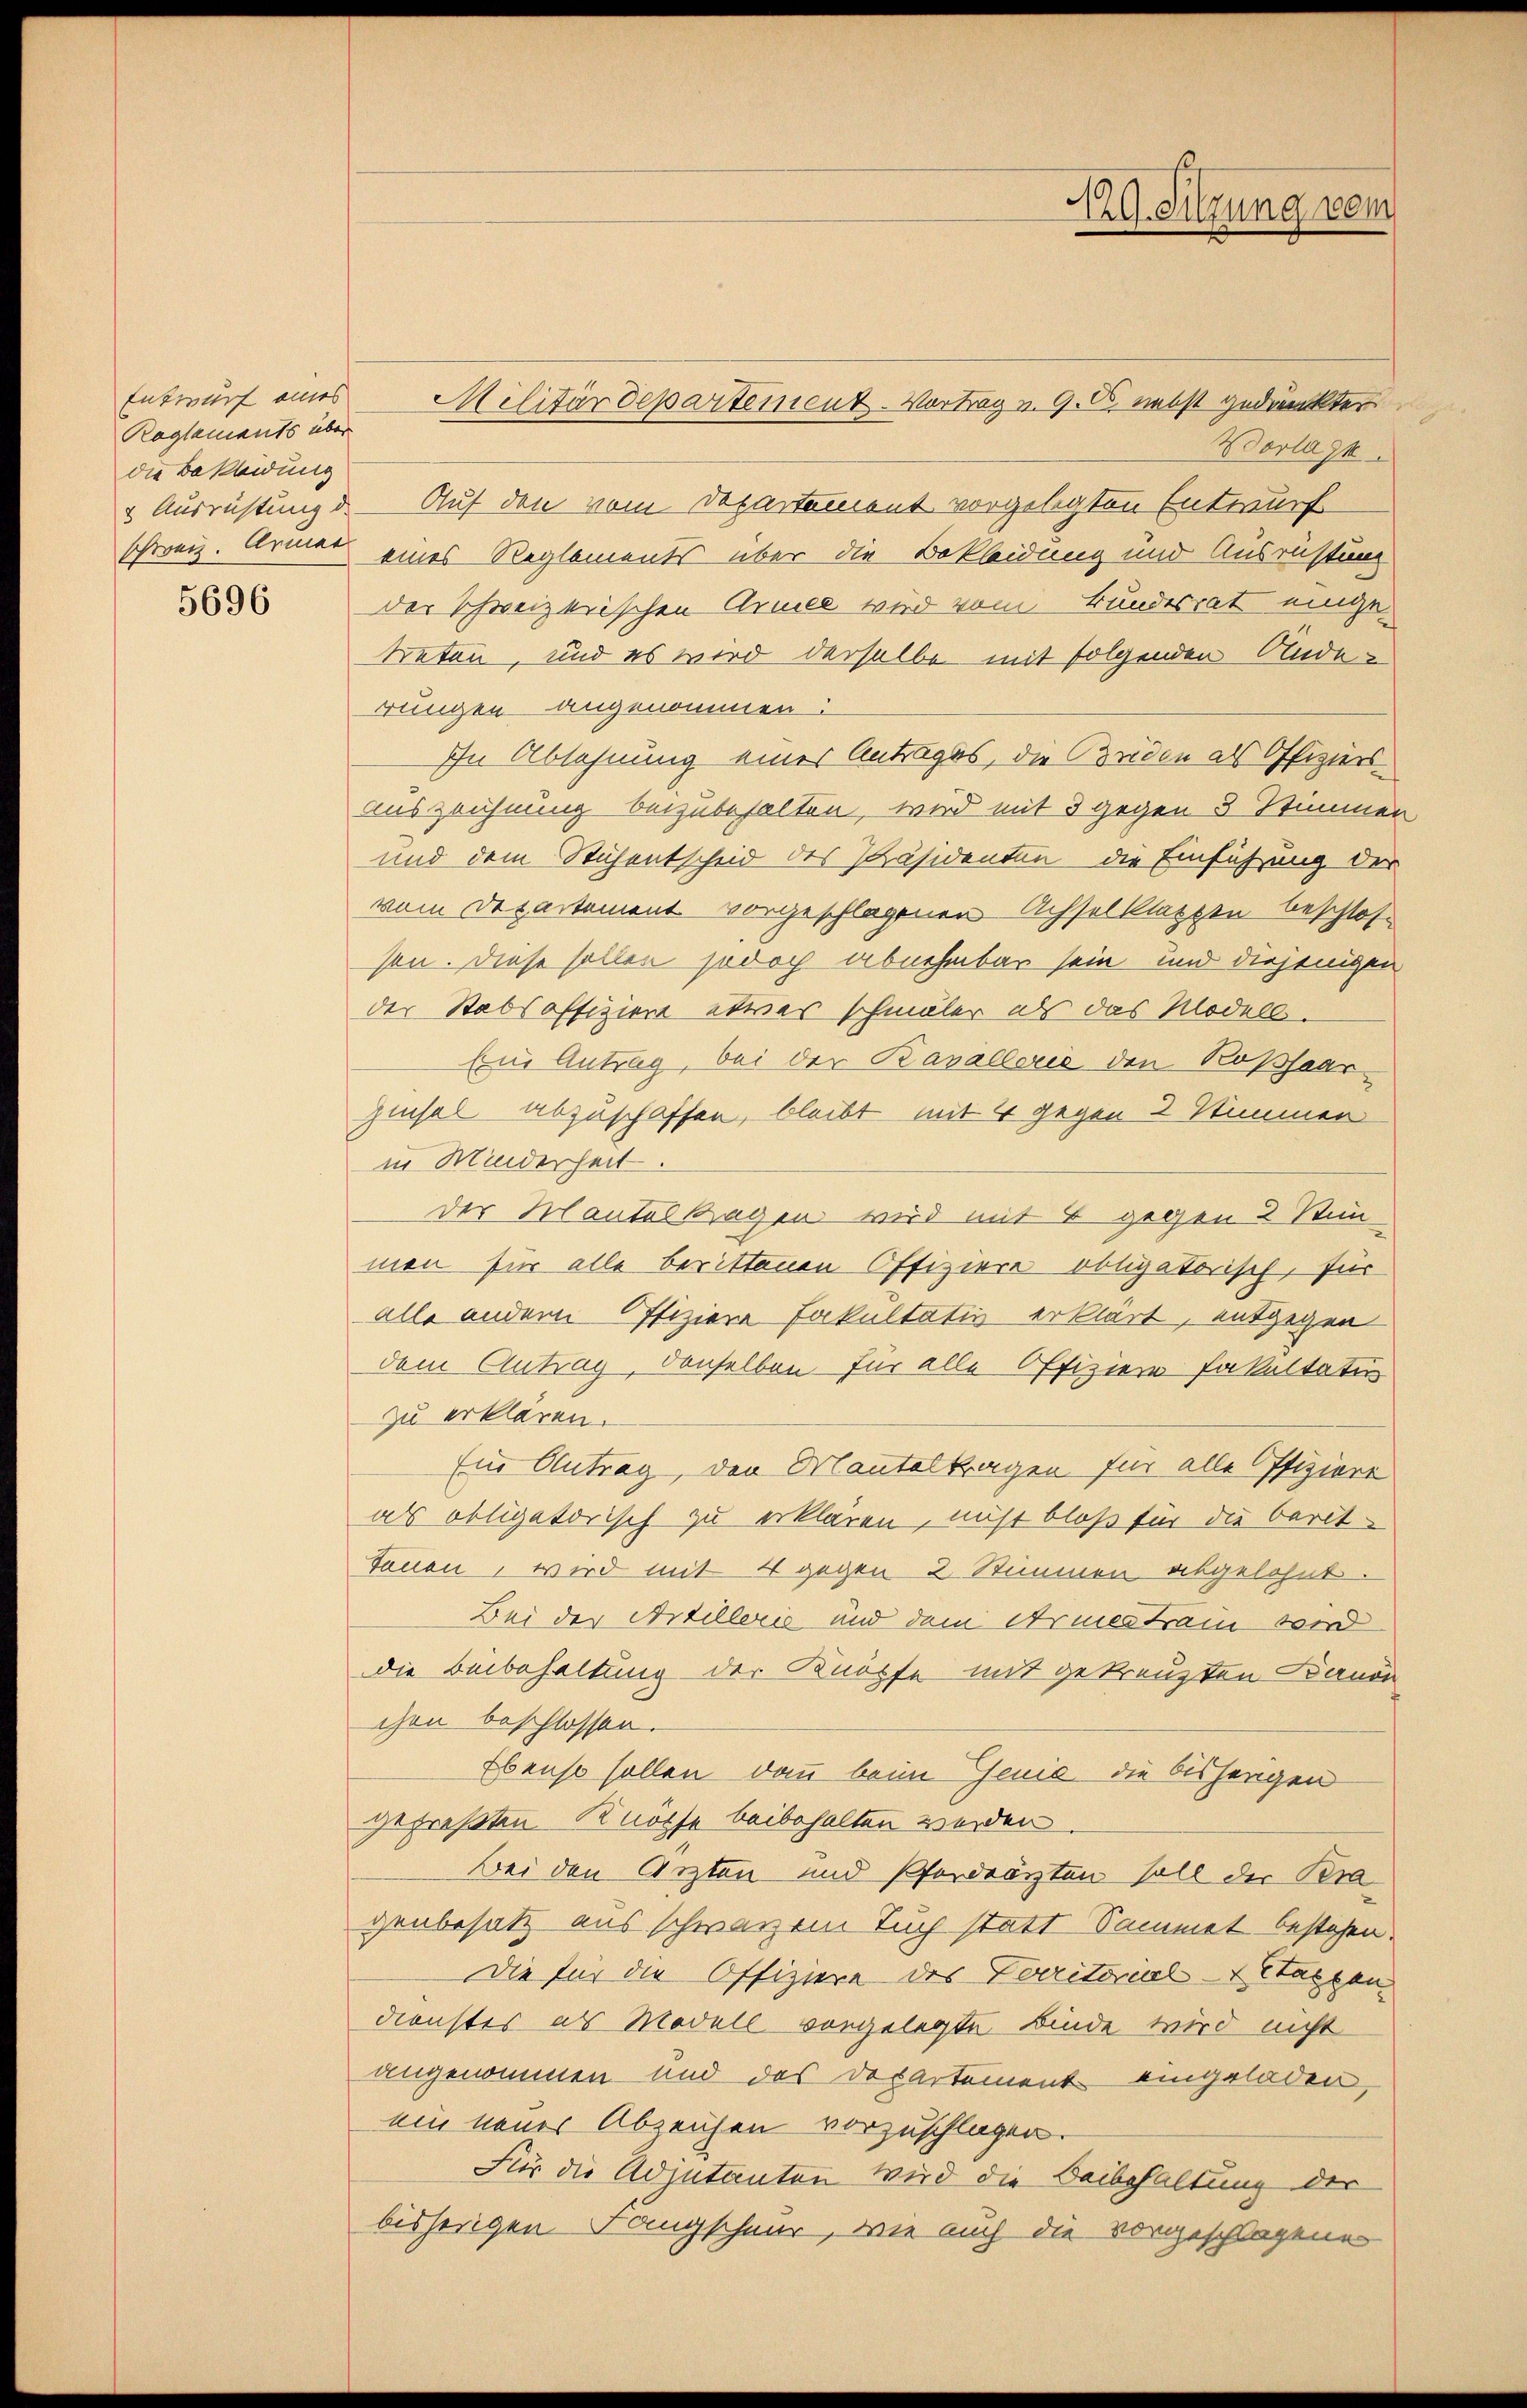
Entwurf eines
Reglements über
die Bekleidung

5696

129. Sitzung vom

Militärdepartement. Vortrag v. 9. O. nebst gedruckter
Vorlage.
 Ausrichtung d. Auf den vom Departement vorgelegten Entwurf
schweiz. Armer eines Reglements über die Bekleidung und Ausrüstung
der schweizerischen Armee wird vom Bundesrat eingetreten, und es wird derselbe mit folgenden Anderungen angenommen:
In Ablehnung eines Antrages, die Briden als Offiziers¬
Auszeichnung beizubehalten, wird mit 3 gegen 3 Stimmen
und dem Stichentscheid des Präsidenten die Einführung der
vom Departement vorgeschlagenen Achselklaszen beschlos
son. Diese sollen jodoch abnehmbar sein und diejenigen
der Stabsoffiziere etwas schmäler als das Modell-
End Antrag, bei der Kavallerie den Roßhaar¬
Zinsel abzuschaffen, bleibt mit 4 gegen 2 Stimmen
in Minderheit.
der Tantelkragen wird mit 4 gegen 2 Stimmen für alle berittenen Offiziere obligatorisch, für
alle andern Offiziere Fakultativ erklärt, entgegen
dem Antrag, denselben für alle Offiziere Fakultati
zu erklären.
Ein Antrag, den Mantelkragen für alle Offiziere
als obligatorisch zu erklären, nicht bloß für die berittonen, wird mit 4 gegen 2. Stimmen abgelohnt.
Bei der Artillerie und dem Armes Frau wird
die Beibehaltung der Knöpfe mit gekreuzten Bandn
chen beschlossen.
Ebenso sollen dann beim Genie die bisherigen
gepreßten Knöpfe beibehalten werden
Bei den Ärzten und Pferdrärzten soll der Beragenbesitz aus schwarzem Tuch statt Sammel bestehen.
Die für die Offiziere des Verritorial-Stappen
dienstes als Modell vorgelegte Binde wird nicht
angenommen und das Departement eingeladen,
ein neuer Abzeichen vorzuschlagen.
Für die Adjutanten wird die Beibehaltung der
bisherigen Tangscheur, wie auch die vorgeschlagene

u